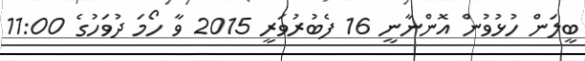
ބީލަން ހުޅުވުން އޮންނާނީ 16 ފެބުރުވަރީ 2015 ވާ ހޯމަ ދުވަހުގެ 11:00